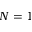
N = 1